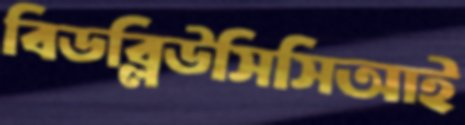
বিডব্লিউসিসিআই